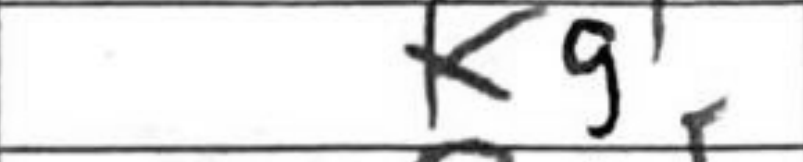
Transcription: Kg1